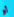
أو